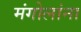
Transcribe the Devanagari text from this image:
मंगोलांना